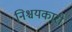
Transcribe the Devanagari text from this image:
निश्चयकारी